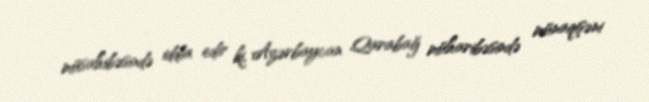
müsahibəsində iddia edir ki, Azərbaycan Qarabağ müharibəsində münaqişəni